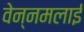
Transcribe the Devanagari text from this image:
वेन्नमलाई